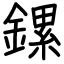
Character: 鏍